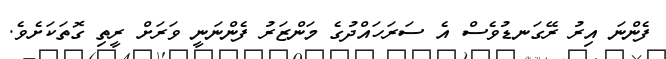
ފެންނަ އިރު ރޭގަނޑުވެސް އެ ސަރަހައްދުގެ މަންޒަރު ފެންނަނީ ވަރަށް ރީތި ގޮތަކަށެވެ.